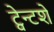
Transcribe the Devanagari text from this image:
ट्वेन्टशे